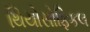
થિયોસોફિકલ